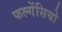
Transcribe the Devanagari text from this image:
फल्गेंसियो